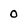
Character: 0